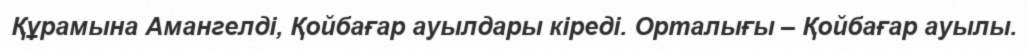
Құрамына Амангелді, Қойбағар ауылдары кіреді. Орталығы – Қойбағар ауылы.